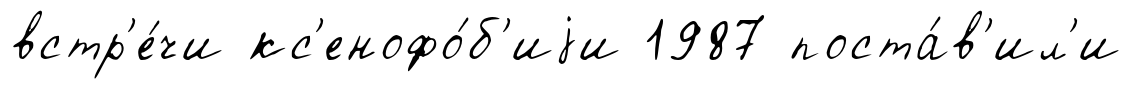
встр'е́чи кс'енофо́б'иjи 1987 поста́в'ил'и